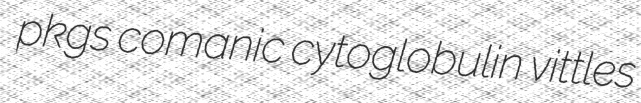
pkgs comanic cytoglobulin vittles